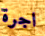
اجرة